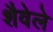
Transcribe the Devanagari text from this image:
शैवेले